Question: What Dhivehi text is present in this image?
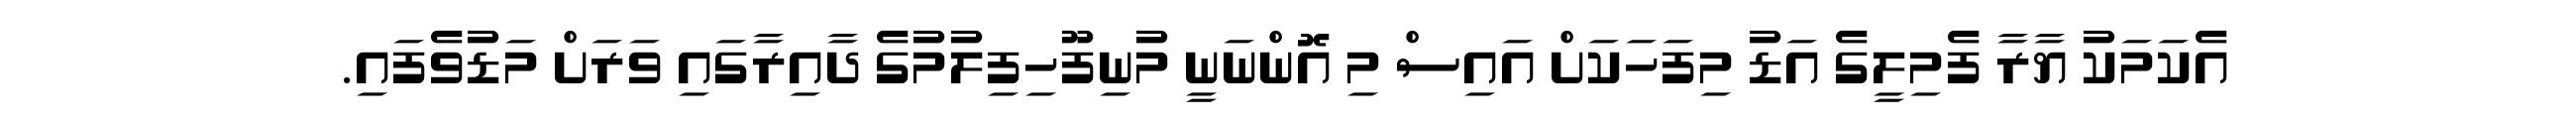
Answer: އެކަމަކު ޔާރާ ފެމިލީގެ އަޑު މިފަހަކަށް އައިސް މި އޮންނަނީ މުނިފޫހިފިލުމުގެ ދާއިރާގައި ވަރަށް މަޑުވެފައި.